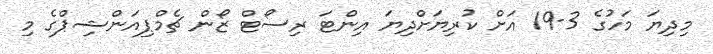
މިދިޔަ މަހުގެ 3-19 އަށް ކުރިޔަށްދިޔަ އިންޓަ ރިސޯޓް ޒޯން ޗެމްޕިއަންޝިޕްގެ މި